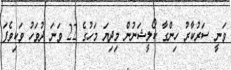
ވަނީ ސަރުކާރު ހިންގާ ކޯލީޝަނުން މިދިޔަ މަހުގެ 22 ވަނަ ދުވަހު ވަކިވެފަ